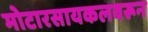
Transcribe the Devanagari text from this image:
मोटारसायकलवरून